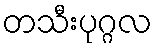
တသီးပုဂ္ဂလ